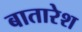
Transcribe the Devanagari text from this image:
बातारेश